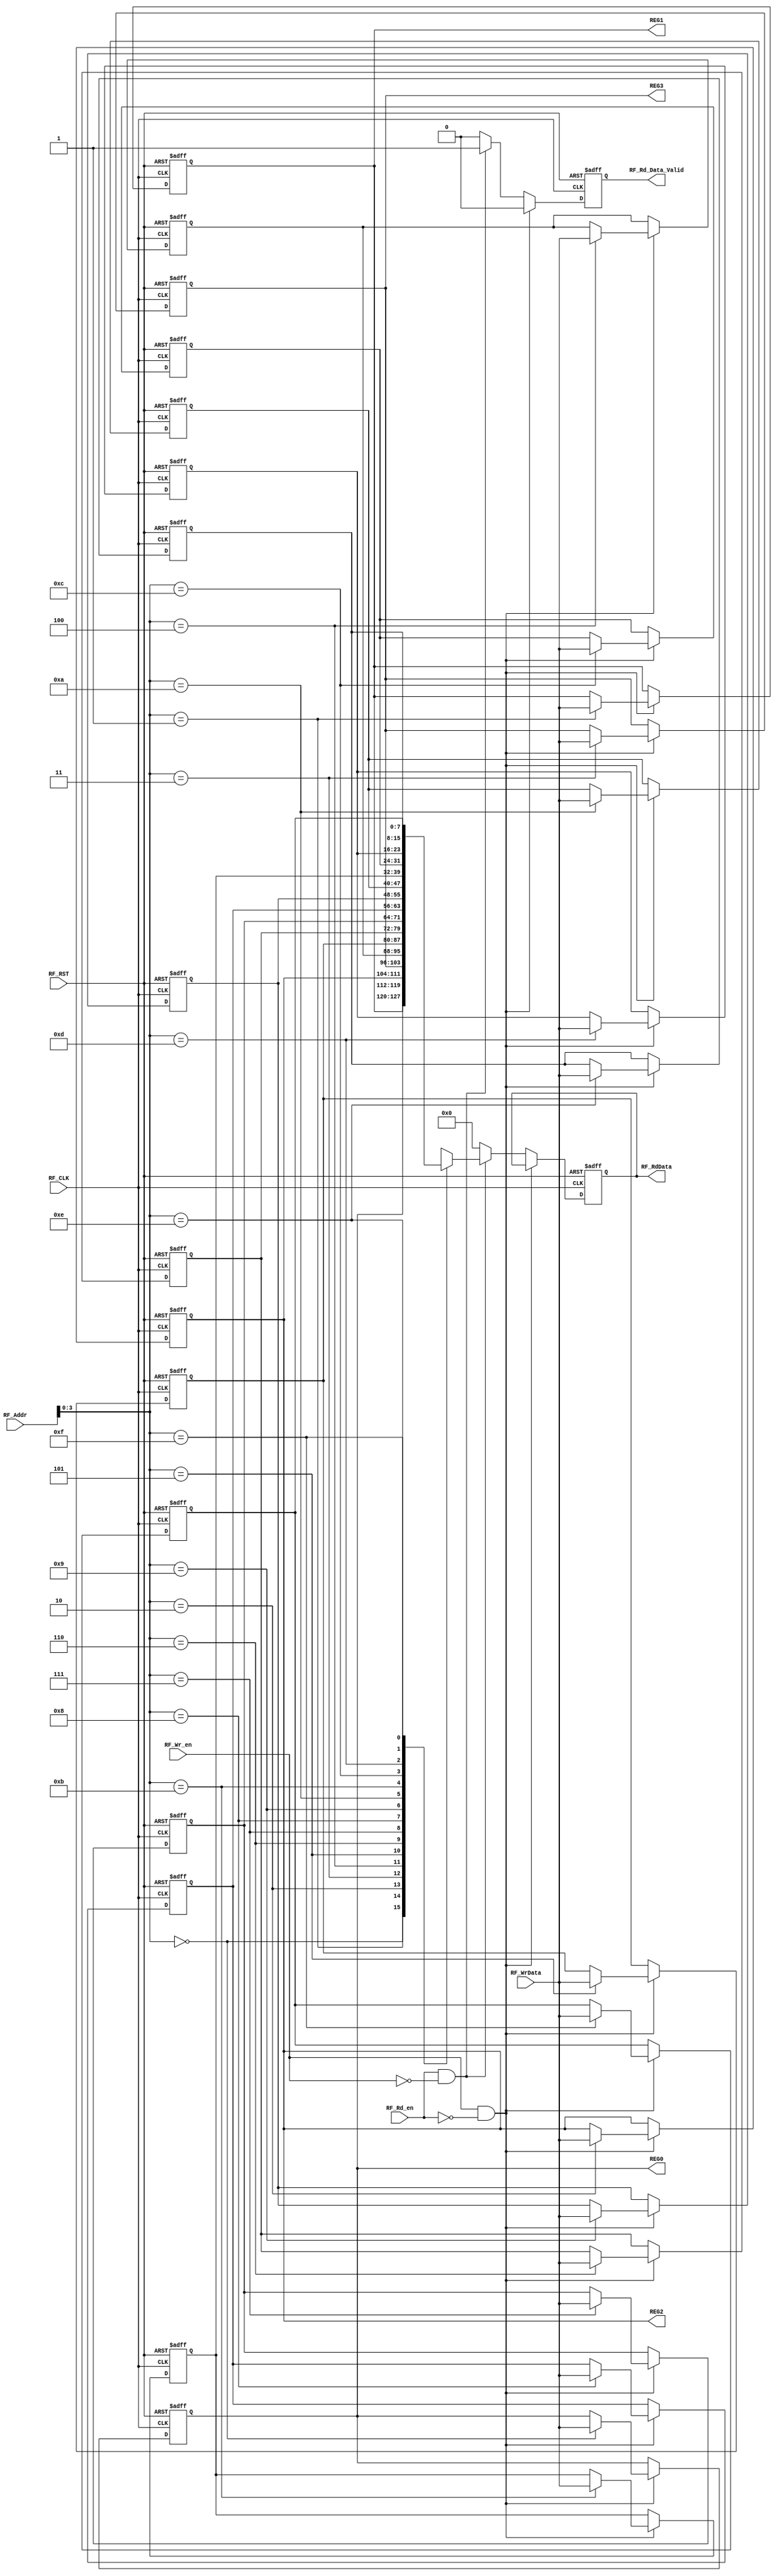
// TYPE: module
// DEPARTMENT: communication and electronics department
// AUTHOR EMAIL: mina.hannaone@gmail.com
//------------------------------------------------
// Release history
// VERSION DATE AUTHOR DESCRIPTION
// 1.0 15/8/2022 Mina Hanna final version
//------------------------------------------------
// KEYWORDS: Register File, memory
//------------------------------------------------
// PURPOSE: Register file for the uart system\
//////////////////defining inputs and output port////////////////////
module Register_File #(parameter WIDTH = 8 , DEPTH = 16) (
  input    wire    [WIDTH-1:0]    RF_WrData,
  input    wire    [WIDTH-1:0]    RF_Addr,
  input    wire                   RF_Wr_en,
  input    wire                   RF_Rd_en,
  input    wire                   RF_CLK,
  input    wire                   RF_RST,
  output   reg     [WIDTH-1:0]    RF_RdData,
  output   wire    [WIDTH-1:0]    REG0,
  output   wire    [WIDTH-1:0]    REG1,
  output   wire    [WIDTH-1:0]    REG2,
  output   wire    [WIDTH-1:0]    REG3,
  output   reg                    RF_Rd_Data_Valid
  );
  reg    [WIDTH-1:0]    registers    [DEPTH-1:0] ;
  integer i;
  
  always@(posedge RF_CLK or negedge RF_RST)
  begin
    if(!RF_RST)
      begin
        RF_RdData <= 'b0;
        RF_Rd_Data_Valid <= 1'b0;
        for(i = 0;i<DEPTH;i=i+1)
        begin
          if(i == 2)
            begin
              registers[i] <= 'b0_00111_0_0;//intiating prescal 8 with no parity
            end
          else if(i == 3)
            begin
              registers[i] <= 'b0000_1000;
            end
          else
            begin
              registers[i] <= 'b0;
            end
        end
      end
    else
      begin
        if(RF_Wr_en && !RF_Rd_en)//write
          begin
            registers[RF_Addr] <=RF_WrData;
            RF_Rd_Data_Valid <= 1'b0;
          end
        else if(RF_Rd_en && !RF_Wr_en)//read
          begin
            RF_RdData <= registers[RF_Addr];
            RF_Rd_Data_Valid <= 1'b1;
          end
        else
          begin
            RF_RdData <= 'b0;
            RF_Rd_Data_Valid <= 1'b0;
          end
      end
  end
  assign REG0 = registers[0];
  assign REG1 = registers[1];
  assign REG2 = registers[2];
  assign REG3 = registers[3];
  
endmodule